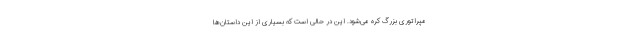
مپراتوری بزرگ کره می‌شود. این در حالی است که بسیاری از این داستان‌ها